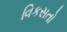
વિકસતો